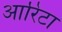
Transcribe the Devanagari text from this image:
आरिटा